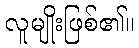
လူမျိုးဖြစ်၏။